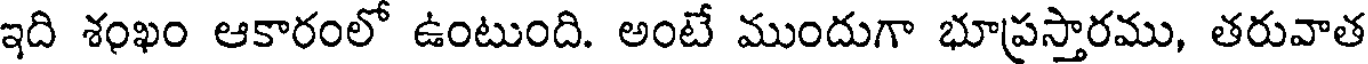
ఇది శంఖం ఆకారంలో ఉంటుంది. అంటే ముందుగా భూప్రస్తారము, తరువాత